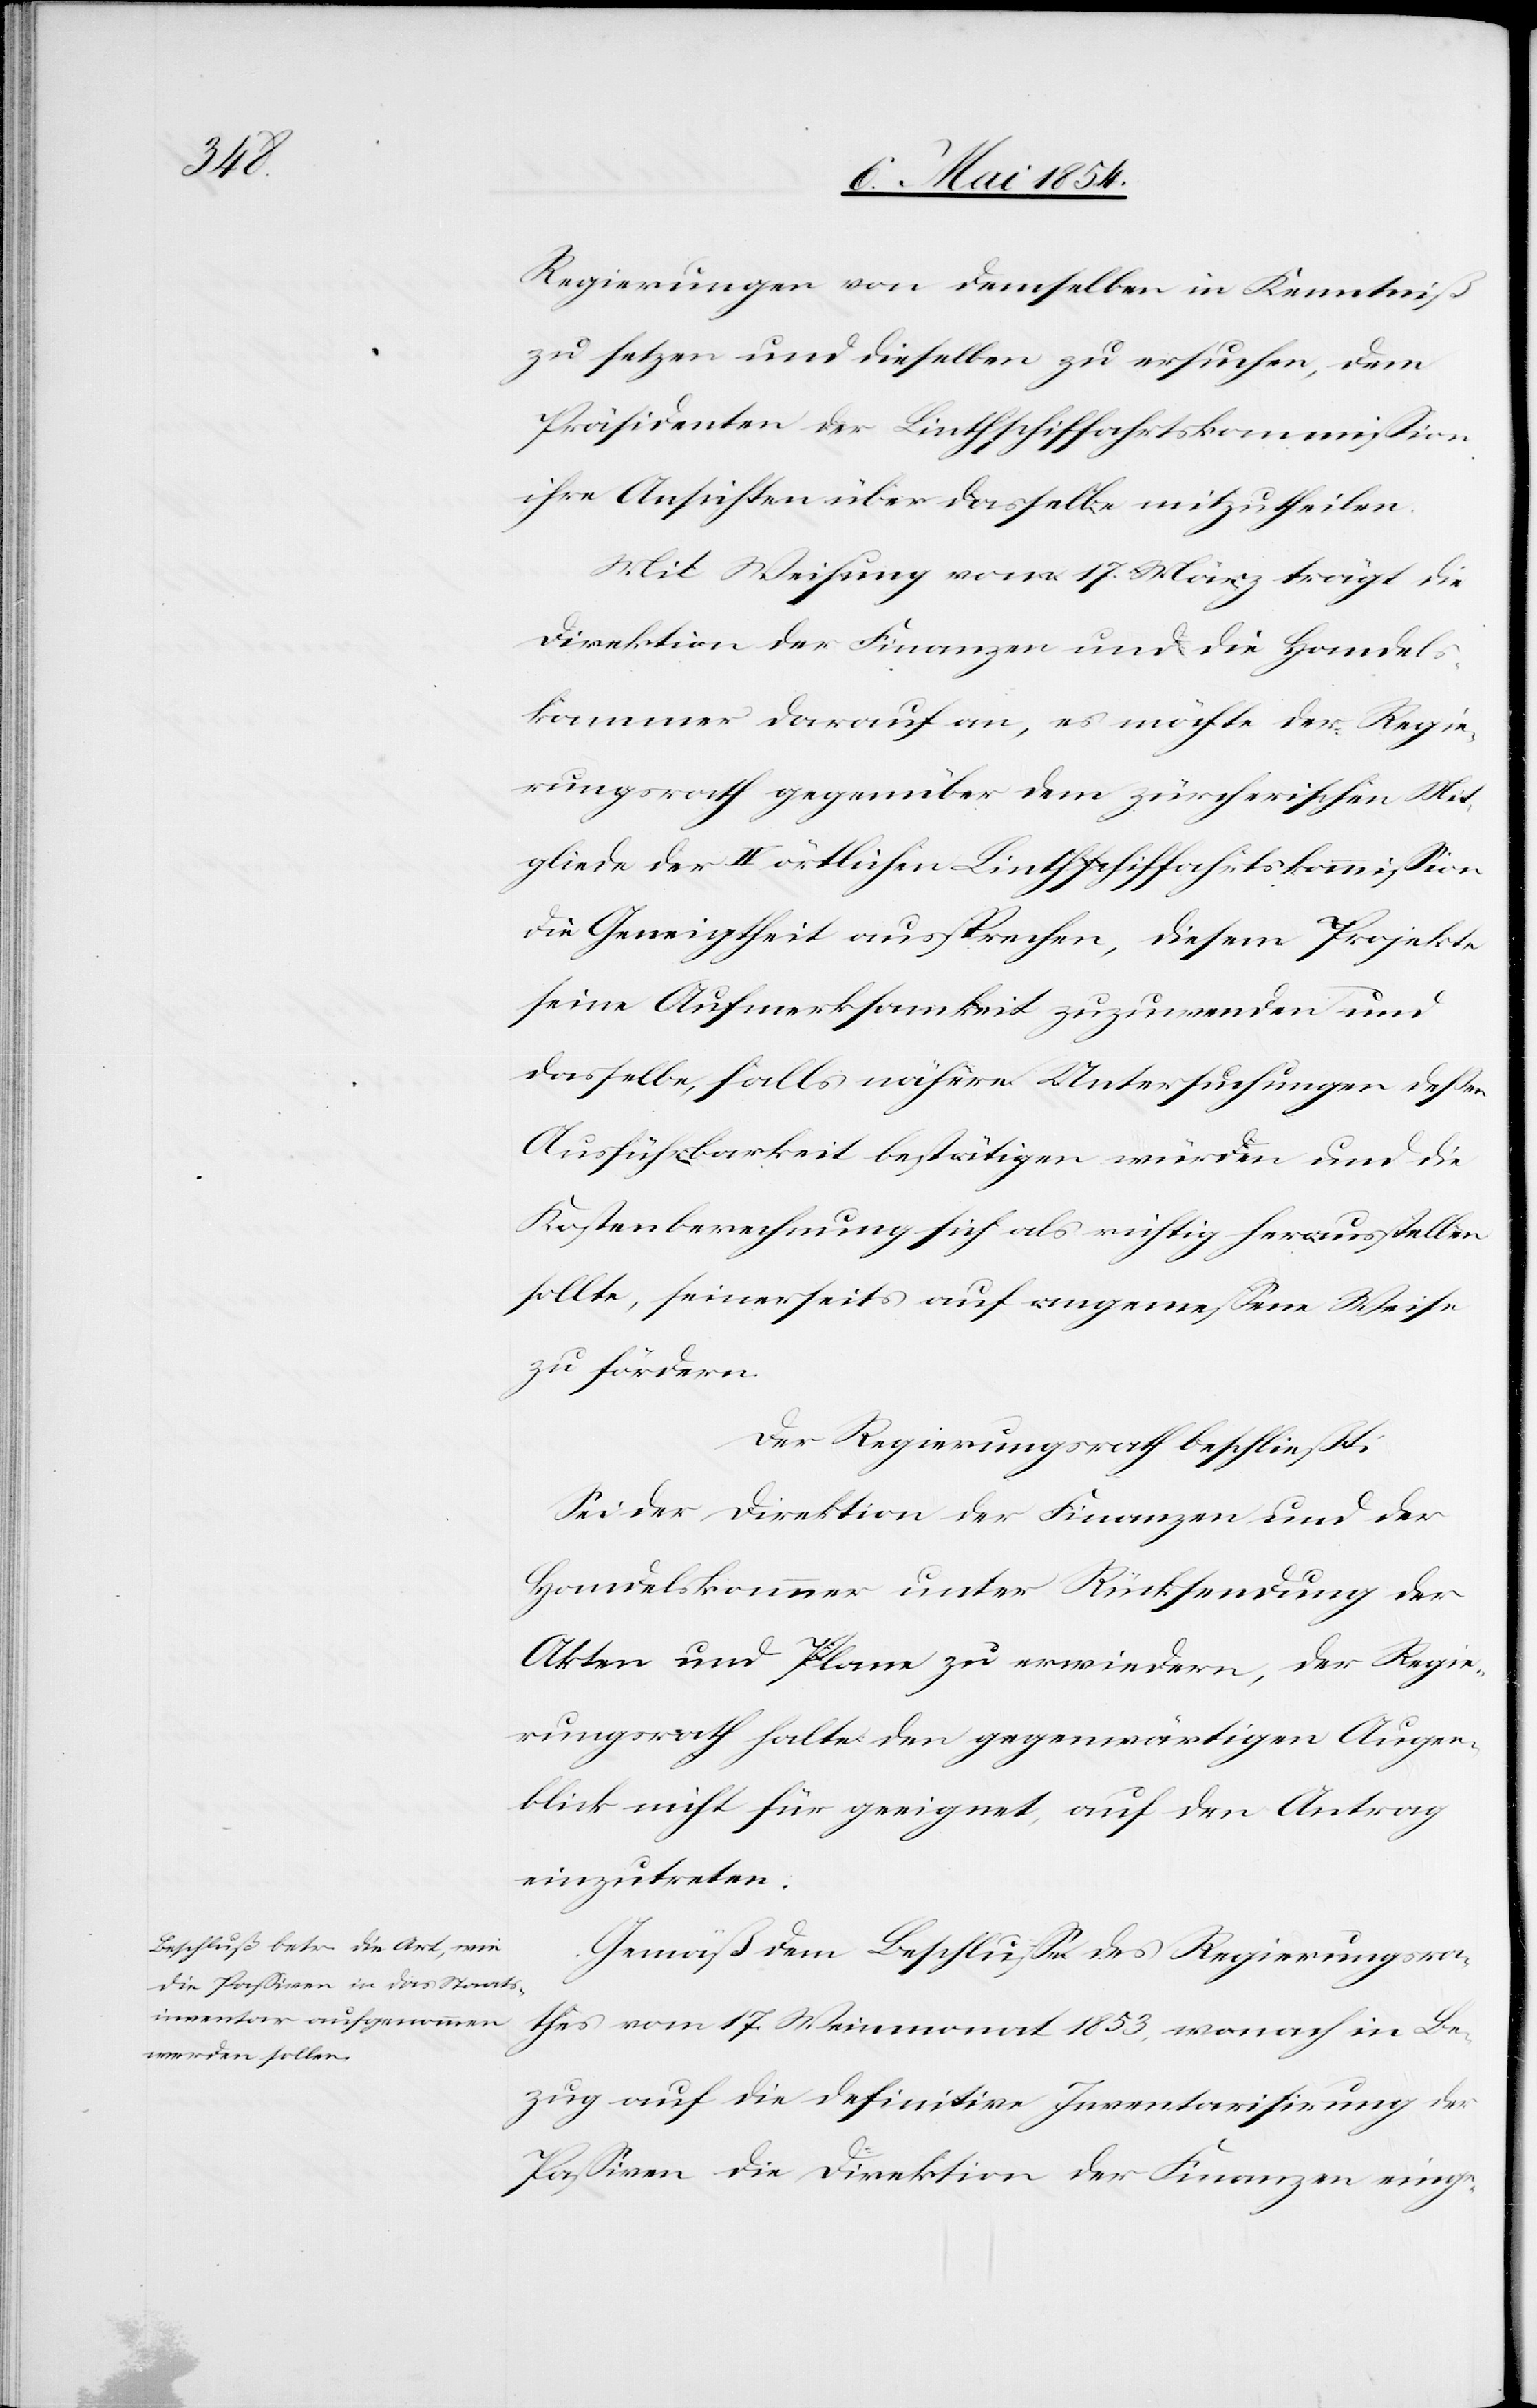
Regierungen von demselben in Kenntniß
zu setzen und dieselben zu ersuchen, dem
Präsidenten der Linthschiffahrtskommißion
ihre Ansichten über dasselbe mitzutheilen.
Mit Weisung vom 17. März trägt die
Direktion der Finanzen und die Handel¬
skammer darauf an, es möchte der Regie¬
rungsrath gegenüber dem zürcherischen Mit¬
gliede der IV örtlichen Linthschiffahrtskommißion
die Geneigtheit aussprechen, diesem Projekte
seine Aufmerksamkeit zuzuwenden und
dasselbe, falls nähere Untersuchungen deßen
Ausführbarkeit bestätigen würden und die
Kostenberechnung sich als richtig herausstellen
sollte, seinerseits auf angemeßene Weise
zu fördern.
Der Regierungsrath beschließt:
Sei der Direktion der Finanzen und der
Handelskammer unter Rücksendung der
Akten und Plane zu erwiedern, der Regie¬
rungsrath halte den gegenwärtigen Augen¬
blick nicht für geeignet, auf den Antrag
einzutreten.
Gemäß dem Beschluß des Regierungsra¬
thes vom 17. Weinmonat 1853, wonach in Be¬
zug auf die definitive Inventarisirung der
Paßiven die Direktion der Finanzen einge-